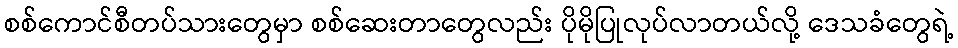
စစ်ကောင်စီတပ်သားတွေမှာ စစ်ဆေးတာတွေလည်း ပိုမိုပြုလုပ်လာတယ်လို့ ဒေသခံတွေရဲ့